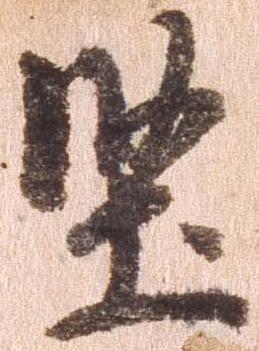
堅